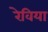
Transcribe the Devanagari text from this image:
रेविया